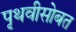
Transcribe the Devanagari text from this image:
पृथवीसोबत